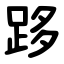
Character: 跢